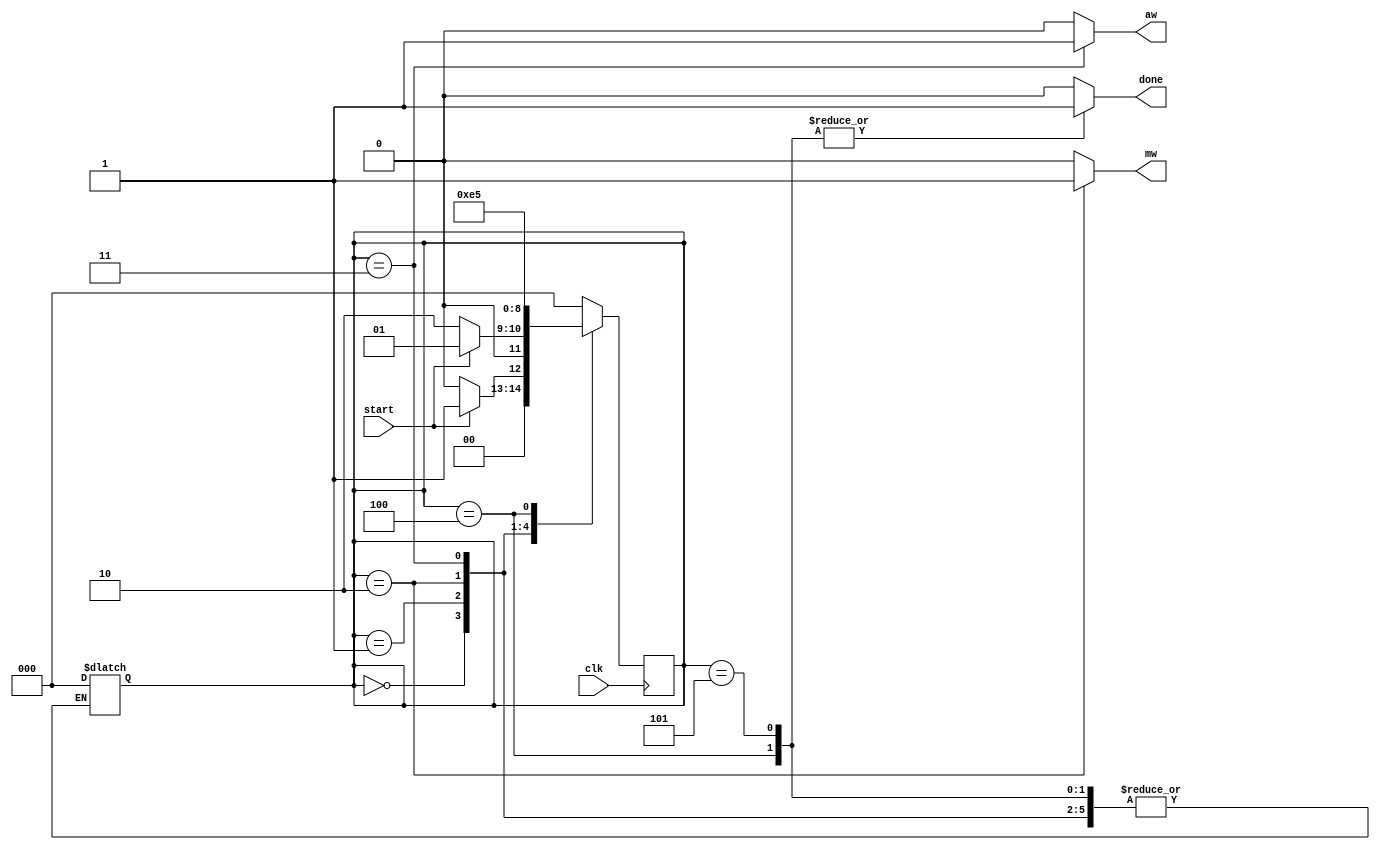
module ProcessUnitController(input start,clk , output reg mw , aw , done);
    parameter IDEL = 3'd0 , INIT = 3'd1 , MULT = 3'd2 , ADD = 3'd3 , RELU = 3'd4 , DONE = 3'd5;
    reg [2:0] ps;
    reg [2:0] ns;
    always @(ps,start)
    begin
        case (ps)
            IDEL: 
                ns<= (start)?INIT:IDEL;
            INIT:
                ns<= (start)?INIT:MULT;  
            MULT:
                ns<= ADD;
            ADD:
                ns<= RELU;
            RELU:
                ns <= DONE;
            DONE:
                ns<= IDEL;
            default: begin
                ns<= IDEL;
                ps<= IDEL;
            end
        endcase
    end
    always @(*) begin
        {mw,aw,done}=3'd0;
         case (ps)
            MULT:
                mw=1'b1;
            ADD:
                aw=1'b1;
            RELU:
                done=1'b1;
            DONE:
                done=1'b1;
        endcase
    end
    
    
    always @(posedge clk) 
        ps <=ns;
endmodule